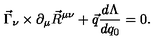
\vec { \Gamma } _ { \nu } \times \partial _ { \mu } \vec { R } ^ { \mu \nu } + \vec { q } \frac { d \Lambda } { d q _ { 0 } } = 0 .